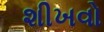
શીખવો